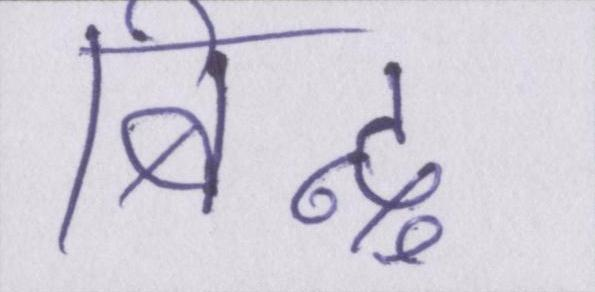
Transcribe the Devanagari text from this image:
बिन्दु